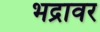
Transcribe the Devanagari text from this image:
भद्रावर